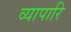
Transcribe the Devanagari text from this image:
व्यापारि